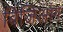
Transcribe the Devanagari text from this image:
बिजिआंग